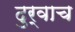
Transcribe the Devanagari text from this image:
दुर्वाच